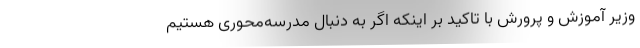
وزیر آموزش و پرورش با تاکید بر اینکه اگر به دنبال مدرسه‌محوری هستیم